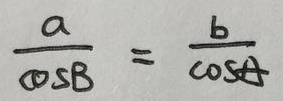
\frac { a } { \cos B } = \frac { b } { \cos A }